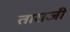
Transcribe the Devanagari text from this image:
ताराजी